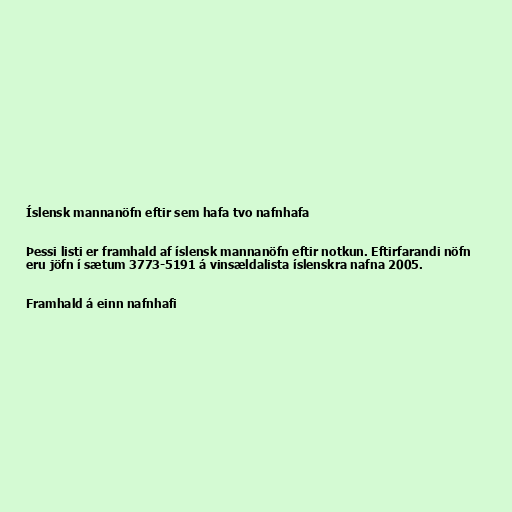
Íslensk mannanöfn eftir sem hafa tvo nafnhafa

Þessi listi er framhald af íslensk mannanöfn eftir notkun. Eftirfarandi nöfn
eru jöfn í sætum 3773-5191 á vinsældalista íslenskra nafna 2005.

Framhald á einn nafnhafi